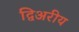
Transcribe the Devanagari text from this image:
द्विअरीय